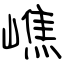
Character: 嶕